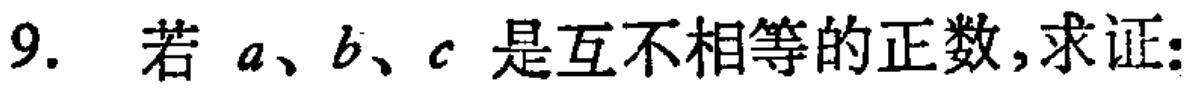
9. 若 \(a、b、c\) 是互不相等的正数,求证: